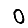
Digit: 0